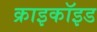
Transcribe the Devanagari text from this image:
क्राइकॉइड